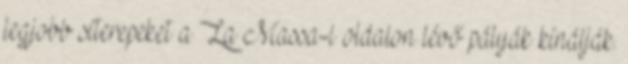
legjobb síterepeket a La Massa-i oldalon lévő pályák kínálják.